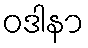
ဝဒါနာ